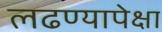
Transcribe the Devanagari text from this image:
लढण्यापेक्षा